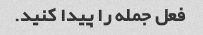
فعل جمله را پیدا کنید.